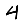
Digit: 4